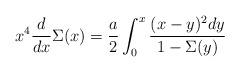
LaTeX: \begin{align*}x^4{d\over dx}\Sigma(x)={a\over2}\int_0^x{(x-y)^2dy\over1-\Sigma(y)}\end{align*}